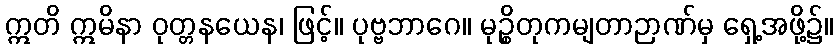
ဣတိ ဣမိနာ ဝုတ္တနယေန၊ ဖြင့်။ ပုဗ္ဗဘာဂေ။ မုဉ္စိတုကမျတာဉာဏ်မှ ရှေ့အဖို့၌။